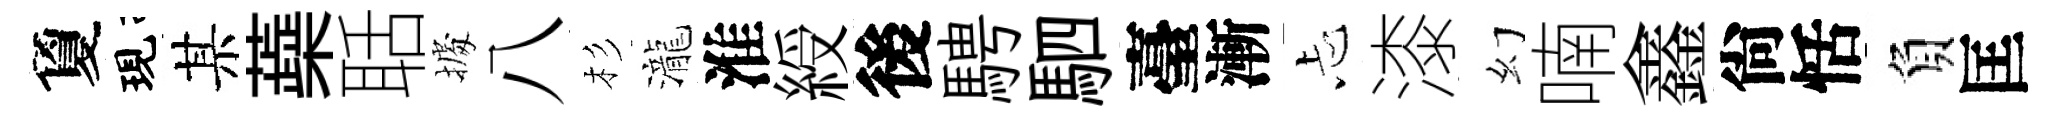
夐現某蘃聒𢴃八杉瀧淮綬後騁駟臺漸忐漆幻喃鑫尙恬負匡